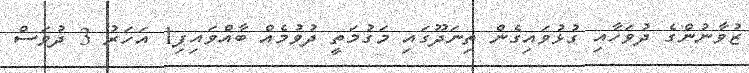
ޒުވާނުންގެ ދުވަހާއި ގުޅުވައިގެން ތިނަދޫގައި މަގުމަތީ ދުވުމެއް ބާއްވައިފި1 އަހަރު 3 ދުވަސް